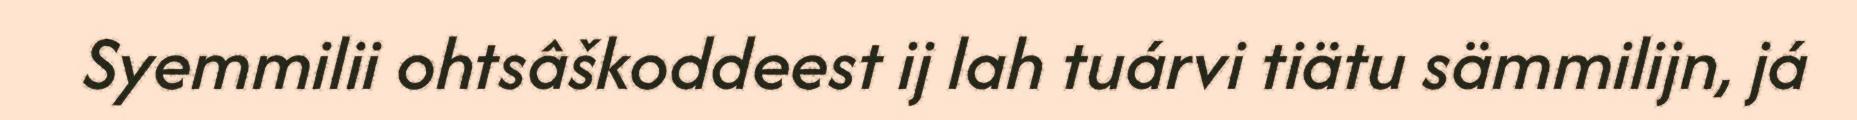
Syemmilii ohtsâškoddeest ij lah tuárvi tiätu sämmilijn, já